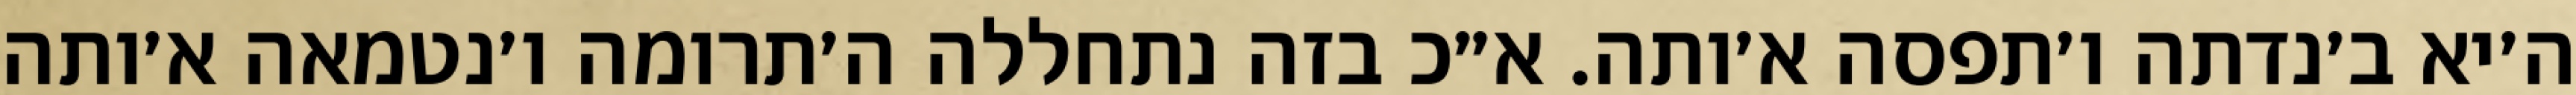
ה׳יא ב׳נדתה ו׳תפסה א׳ותה. א״כ בזה נתחללה ה׳תרומה ו׳נטמאה א׳ותה